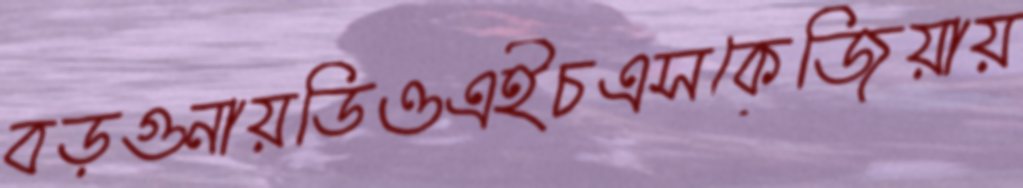
বড়গুনায়ডিওএইচএসকেজিয়ায়